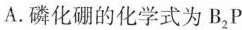
A.磷化硼的化学式为B_{2}P